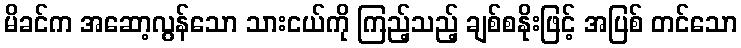
မိခင်က အဆော့လွန်သော သားငယ်ကို ကြည့်သည့် ချစ်စနိုးဖြင့် အပြစ် တင်သော